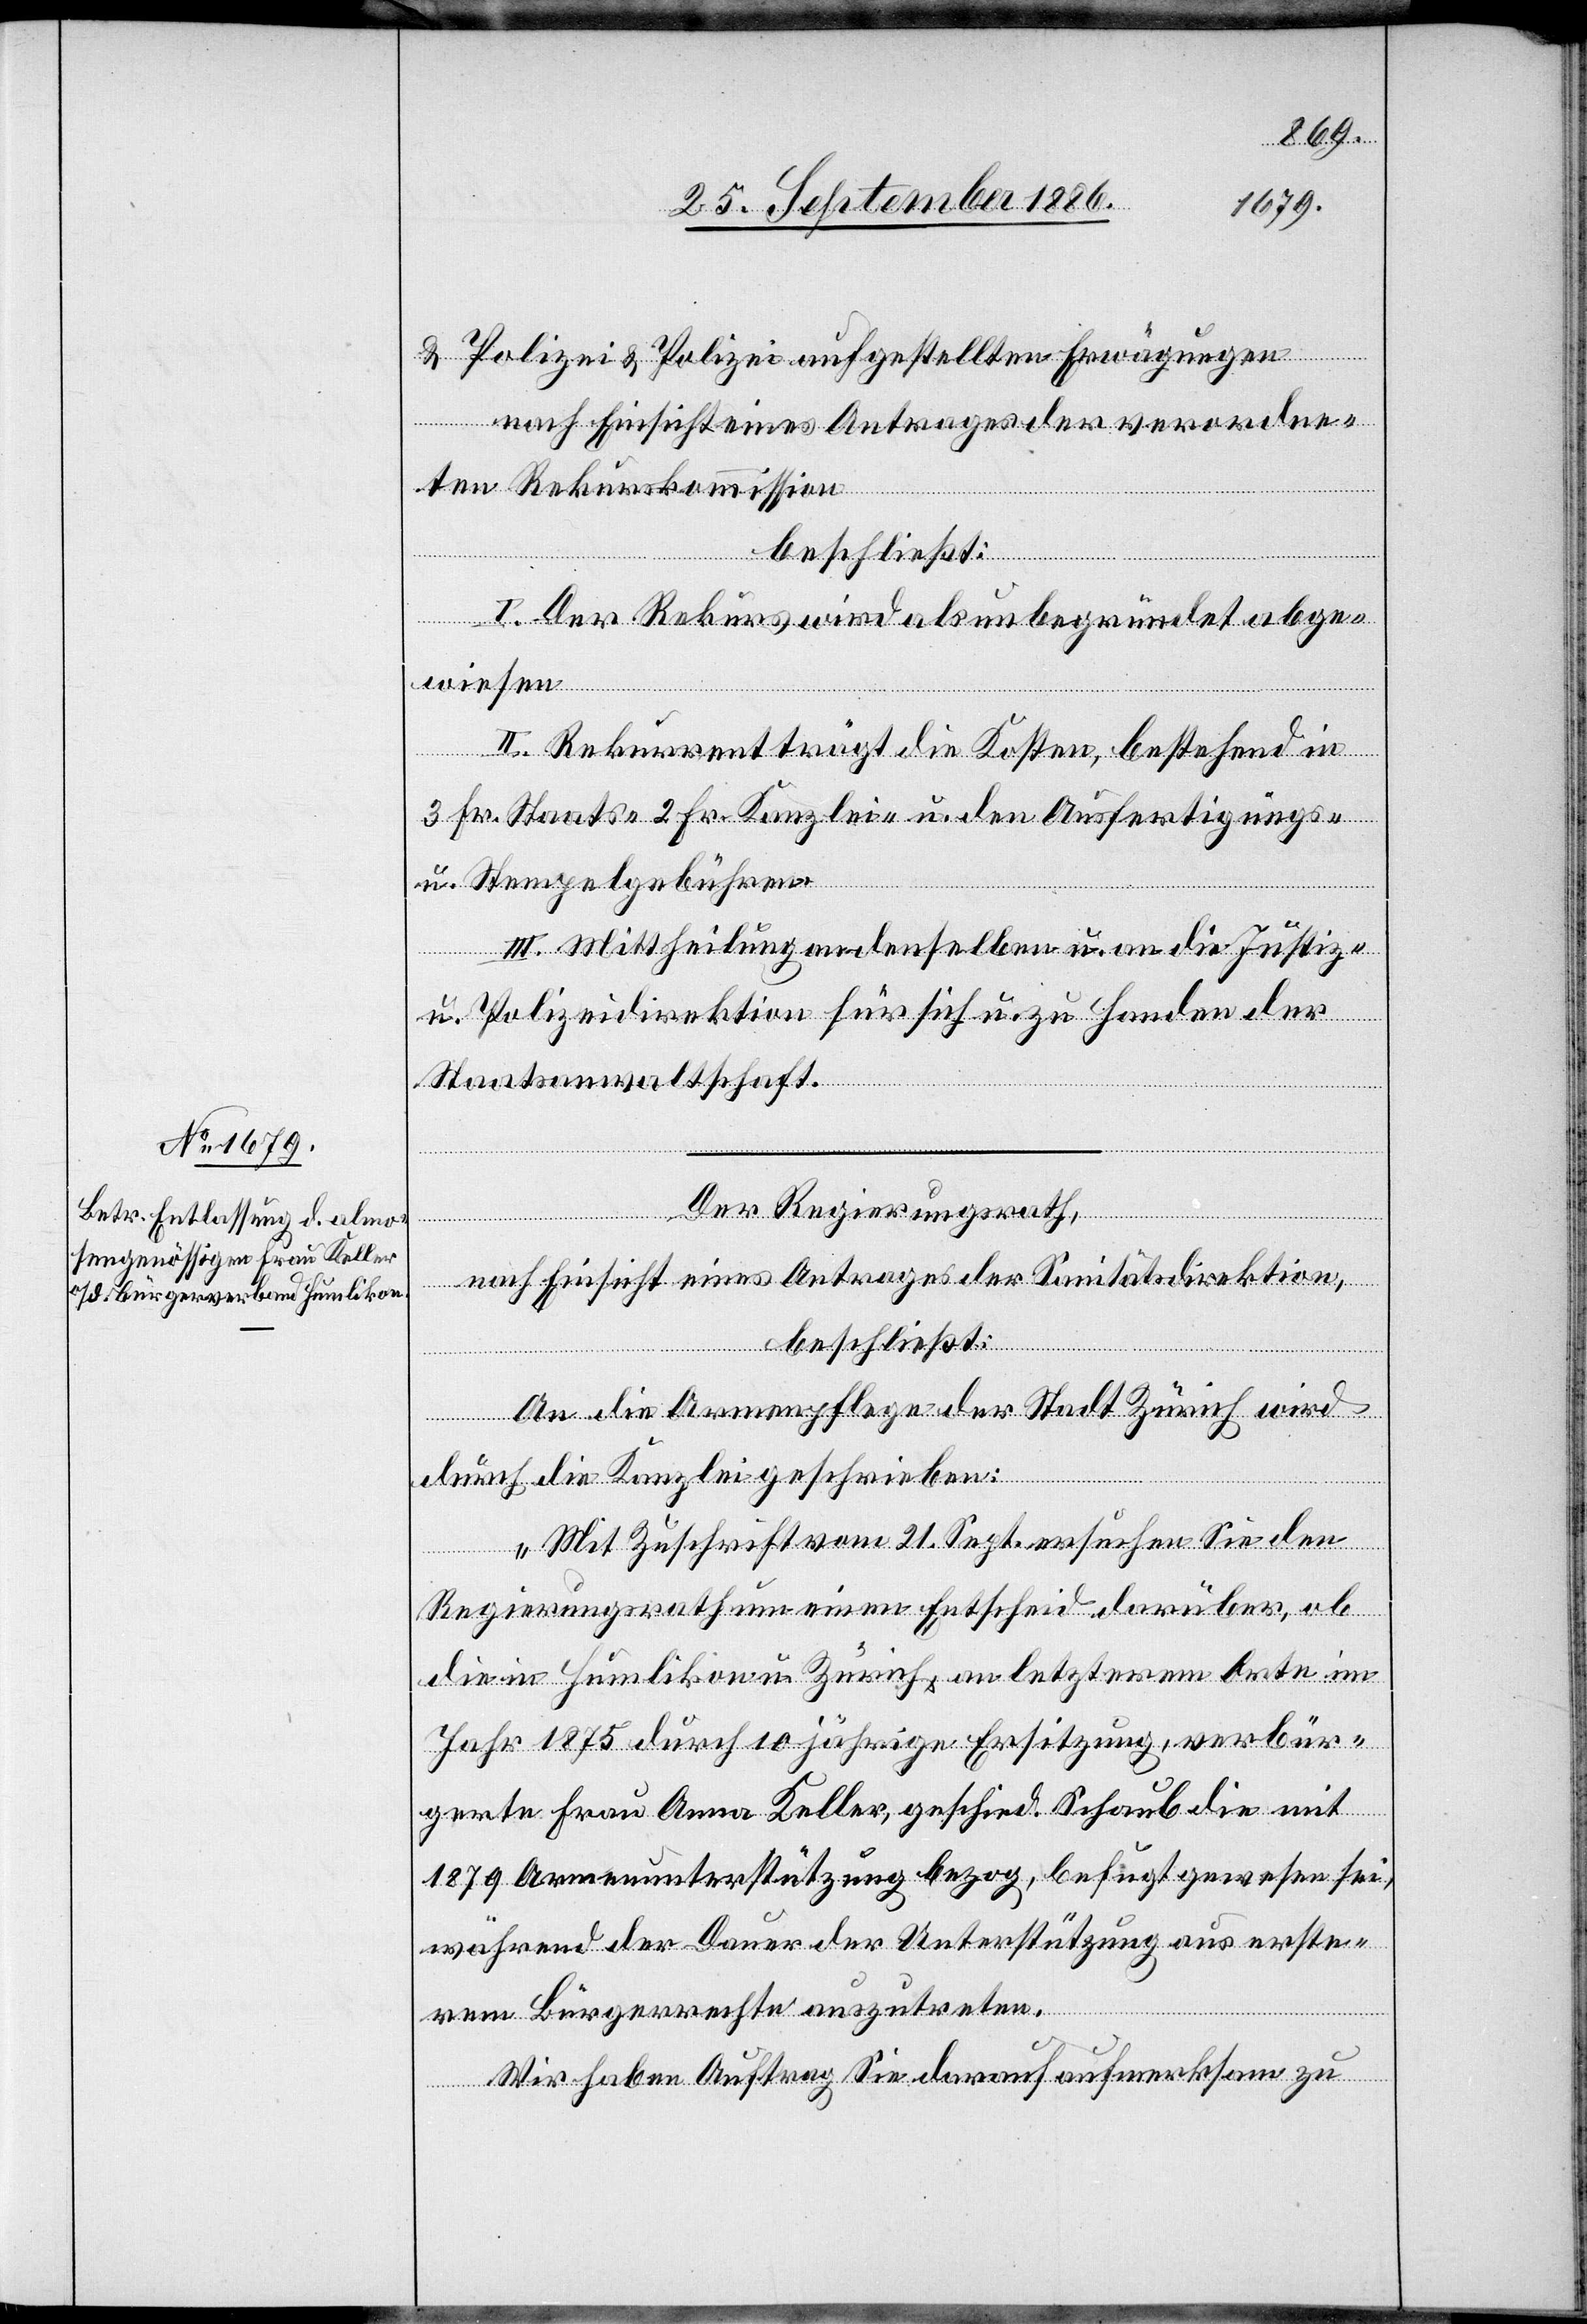
& Polizei & Polizei [sic!] aufgestellten Erwägungen
nach Einsicht eines Antrages der verordne¬
ten Rekurskommission
seit]
beschließt:
I. Der Rekurs wird als unbegründet abge¬
wiesen.
II. Rekurrent trägt die Kosten, bestehend in
3 Fr. Staats- 2 Fr. Kanzlei- u. den Ausfertigungs-
u. Stempelgebühren.
III. Mittheilung an denselben u. an die Justiz-
u. Polizeidirektion für sich u. zu Handen der
Staatsanwaltschaft.
Der Regierungsrath,
nach Einsicht eines Antrages der Sanitätsdirektion,
beschließt:
An die Armenpflege der Stadt Zürich wird
[recte:
durch die Kanzlei geschrieben:
Mit Zuschrift vom 21. Sept. ersuchen Sie den
Regierungsrath um einen Entscheid darüber, ob
die in Humlikon u. Zürich, an letzterem Orte im
Jahr 1875 durch 10jährige Ersitzung, verbür¬
gerte Frau Anna Keller, geschied. Schaub die mit
1879 Armenunterstützung bezog, befugt gewesen sei,
während der Dauer der Unterstützung aus erste¬
rem Bürgerrechte auszutreten.
Wir haben Auftrag Sie darauf aufmerksam zu